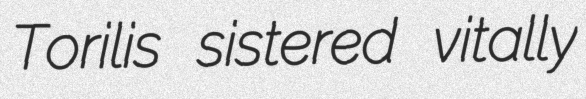
Torilis sistered vitally